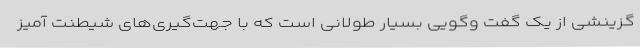
گزینشی از یک گفت وگویی بسیار طولانی است که با جهت‌گیری‌های شیطنت آمیز